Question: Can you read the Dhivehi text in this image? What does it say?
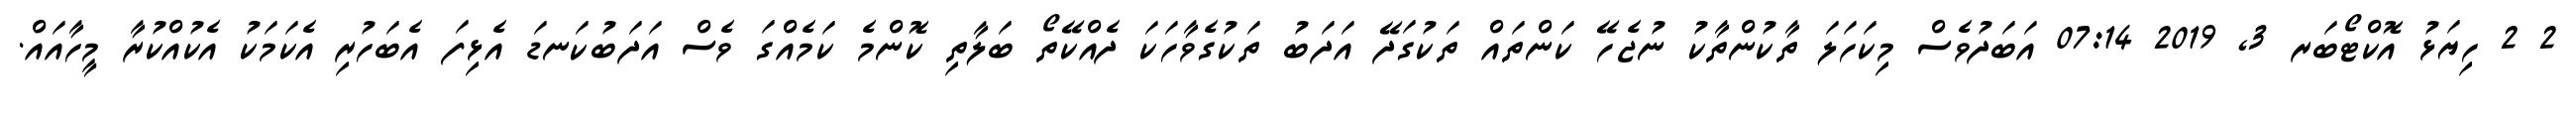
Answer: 2 2 ހިޔަޅު އޮކްޓޯބަރ 3, 2019 07:14 އަބަދުވެސް މިކަހަލަ ތާކުންތާކު ނުޖެހޭ ކަންތައް ތަކުގަދޭ އަދަބު ތަކުގެވާހަކަ ދެއްކޭތޯ ބަލާތި ކޮންމެ ކަމެއްގަ ވެސް އަދަބުކަނޑަ އެޅިފަ އެބަހުރި އެކަމަކު އެކުއްކުރާ މީހާއައް.